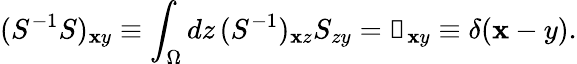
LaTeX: (S^{-1}S)_{\mathbf{x}y}\equiv\int_{\Omega}dz\, (S^{-1})_{\mathbf{x}z}S_{zy}=\mathbb{{1}}_{\mathbf{x}y}\equiv\delta(\mathbf{x}-y).